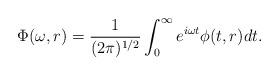
LaTeX: \begin{align*}\Phi(\omega,r)=\frac{1}{(2\pi)^{1/2}}\int_{0}^{\infty}e^{i \omega t}\phi(t,r)dt.\end{align*}